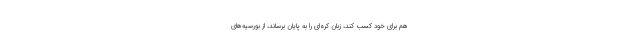
هم برای خود کسب کند، زبان کره‌ای را به پایان برساند، از بورسیه‌های